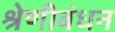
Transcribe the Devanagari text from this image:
श्रेणीबंधन